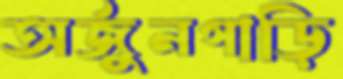
অর্জুনগাড়ি